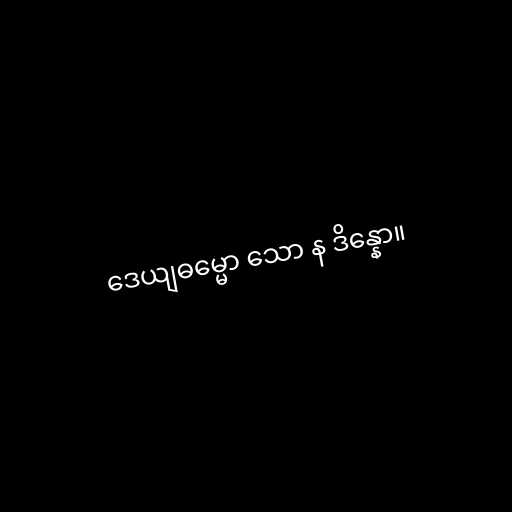
ဒေယျဓမ္မော သော န ဒိန္နော။